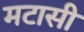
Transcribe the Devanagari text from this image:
मटासी